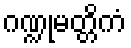
ဂဏ္ဍုမတ္တိကံ